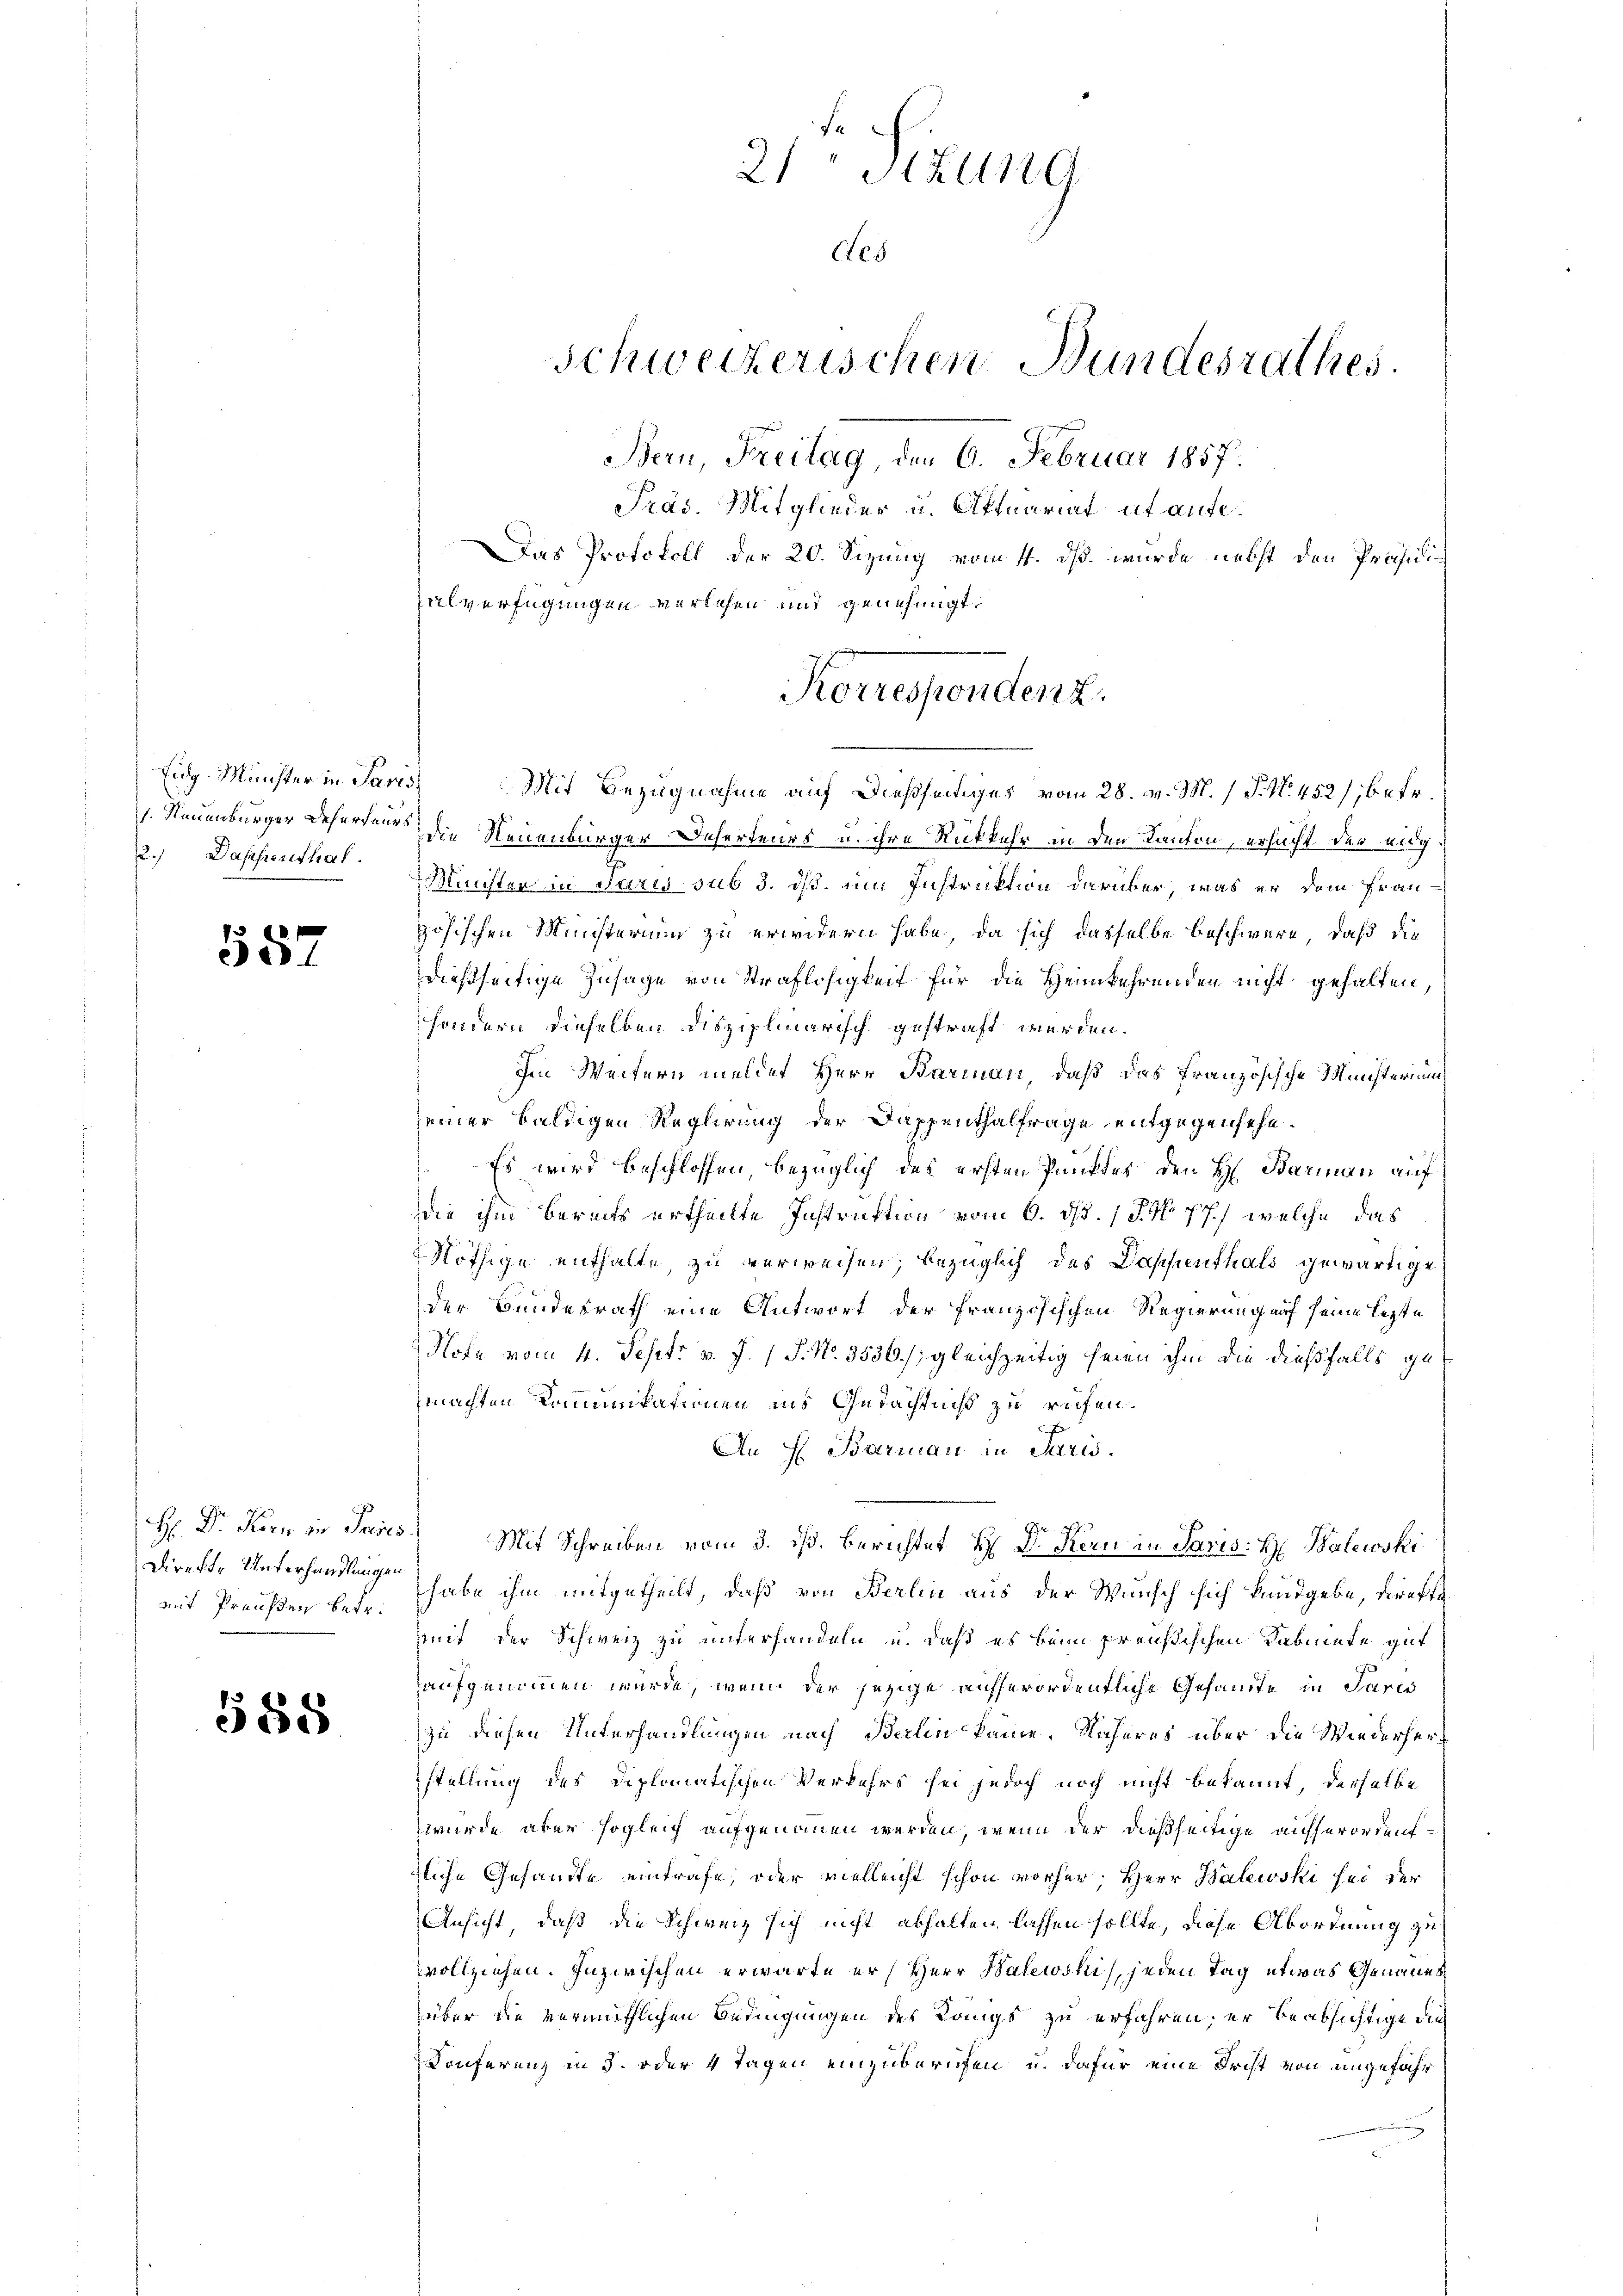
Eidg. Münster in Paris
1. Neuenburger Deserteurs
2.) Dappenthal.

557

H: Dr. Kern in Paris
Direkte Unterhandlungen
mit Präuften betr.

588

21 Stun
des
Schweizerischen Bundesrathes.
Bern, Freitag, den 6. Februar 1857.
Präs. Mitglieder u. Aktuariat et aufe¬
Das Protokoll der 20. Sizung vom 11. dß wurde nebst den Präsidii
alverfügungen verlehen und genehmigt.

Mit Bezugnahme auf dießseitiges vom 28. v. M. 1 S. No. 452), betr.
die Neuenburger Deserteurs u. ihre Rückkehr in den Kanton, ersucht der eidg¬
Minister in Paris sub 3. ds. im Instruktion darüber, was er dem Frau-
zösischen Ministerium zu erwidern habe, da sich dasselbe beschwere, daß die
dießseitige Zusage von Straflosigkeit für die Heimkehrenden nicht gehalten,
sondern dieselben disziplinarisch gestraft werden.
Im Weitern meldet Herr Barian, daß das Französische Ministerium
seiner baldigen Reglirung der Dappenthalfrage entgegensehe.
Es wird beschlossen, bezüglich des ersten Punktes den H. Barmann auf
die ihm bereits ertheilte Instruktion vom 6. ds. 1 S. 77) welche das
Nöthige enthalte, zu verweisen; bezüglich des Dappenthals gewärtige
der Bundesrath eine Antwort der französischen Regierung auf seine lezte
Hota vom 4. Sept v. J. (T. No. 3536/, gleichzeitig seien ihm die dießfalls gemachten Kommunikationen ins Gedächtniß zu rufen.
An H. Barman in Paris.
Mit Schreiben vom 3. ds. berichtet H: Dr. Kern in Paris: H. Balewski
habe ihm mitgetheilt, daß von Berlin aus der Wunsch sich kundgebe, direkti
mit der Schweiz zu unterhandeln u. daß es beim preußischen Kabinete gut
aufgenommen wurde, wem der jezige aufferordentliche Gesandte in Paris
zu diesen Unterhandlungen nach Berlin käme. Näheres über die Wiederherstellung des Diplomatischen Verkehrs sei jedoch noch nicht bekannt, derselbe
wurde aber sogleich aufgenommen werden, wenn der dießseitige aufserordentliche Gesandte eintrafe, oder vielleicht schon vorher, Herr Balewski sei der
Ansicht, daß die Schweiz sich nicht abhalten lassen sollte, diese Abordnung zu
vollziehen. Inzwischen erwarte er (Herr Balewski, jeden Tag etwas Genaues
über die vermuthlichen Bedingungen des Königs zu erfahren, er beabsichtige die
Konferenz in 3. oder 4 Tagen einzuberichen, u. dafür eine Frist von ungefähr

Korrespondenz.